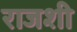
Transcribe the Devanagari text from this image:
राजशी